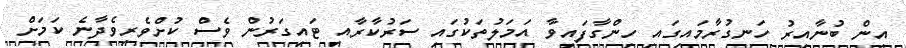
އިން ބުނާއިރު ހަނގުރާމައިގައި ހިންގާފައިވާ އަމަލުތަކުގައި ސަރުކާރާއި ޓައިގަރުން ވެސް ކުށްވެރިވެދާނެ ކަމަށް